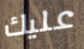
عليك